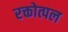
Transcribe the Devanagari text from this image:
रक्तोत्पल